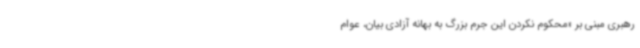
رهبری مبنی بر «محکوم نکردن این جرم بزرگ به بهانه آزادی بیان، عوام